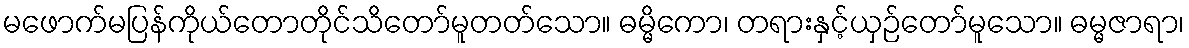
မဖောက်မပြန်ကိုယ်တောတိုင်သိတော်မူတတ်သော။ ဓမ္မိကော၊ တရားနှင့်ယှဉ်တော်မူသော။ ဓမ္မဇာရာ၊